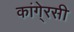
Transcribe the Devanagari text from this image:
कांगे्रसी